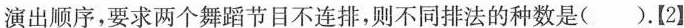
演出顺序，要求两个舞蹈节目不连排，则不同排法的种数是( )。[2】